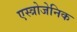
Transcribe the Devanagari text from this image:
एस्त्रोजेनिक